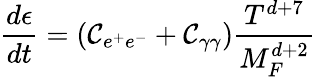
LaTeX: \frac{d\epsilon}{dt}=\left({\mathcal{C}}_{e^{+}e^{-}}+{\mathcal{C}}_{\gamma\gamma}\right)\frac{T^{d+7}}{M_{F}^{d+2}}